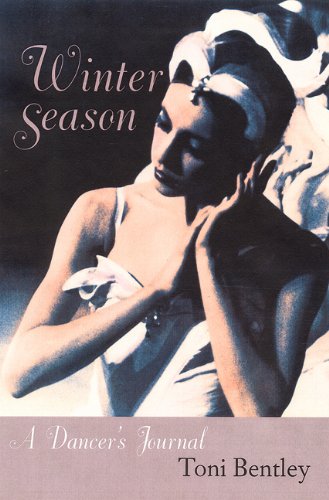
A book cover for Winter Season: A Dancer's Journal, with a new preface; Toni Bentley; Biographies & Memoirs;